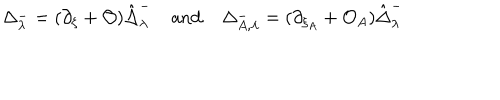
LaTeX: \Delta _ { \lambda } ^ { - } = ( \partial _ { \xi } + { \cal O } ) \hat { \Delta } _ { \lambda } ^ { - } \mathrm { ~ a n d ~ } \Delta _ { A , \lambda } ^ { - } = ( \partial _ { \xi _ { A } } + { \cal O } _ { A } ) \hat { \Delta } _ { \lambda } ^ { - }